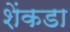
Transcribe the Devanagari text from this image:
शेंकडा